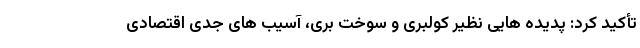
تأکید کرد: پدیده هایی نظیر کولبری و سوخت بری، آسیب های جدی اقتصادی